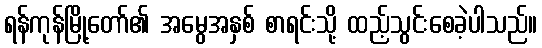
ရန်ကုန်မြို့တော်၏ အမွေအနှစ် စာရင်းသို့ ထည့်သွင်းစေခဲ့ပါသည်။